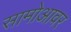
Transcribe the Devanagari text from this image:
सामोआवर